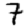
Digit: 7